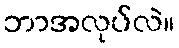
ဘာအလုပ်လဲ။